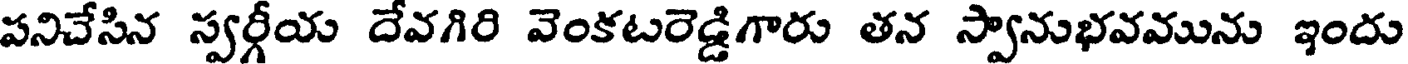
పనిచేసిన స్వర్గీయ దేవగిరి వెంకటరెడ్డిగారు తన స్వానుభవమును ఇందు